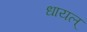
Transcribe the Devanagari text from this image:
धायल्